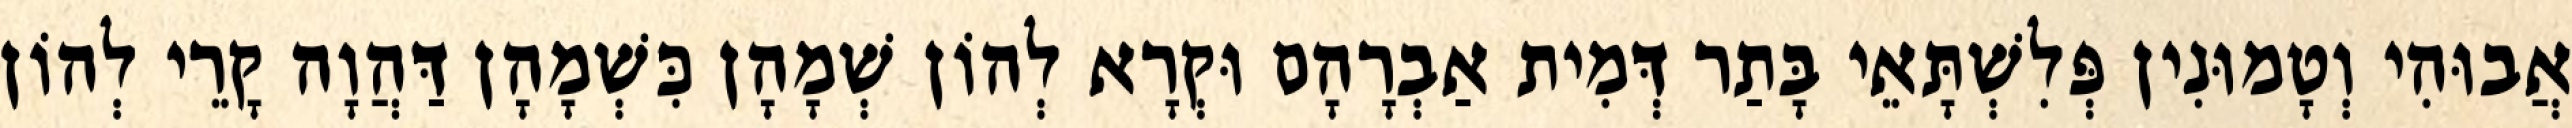
אֲבוּהִי וְטָמוּנִין פְּלִשְׁתָּאֵי בָּתַר דְּמִית אַבְרָהָם וּקְרָא לְהוֹן שְׁמָהָן כִּשְׁמָהָן דַּהֲוָה קָרֵי לְהוֹן